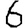
Digit: 6